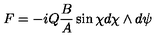
F = - i Q \frac { B } { A } \sin \chi d \chi \wedge d \psi